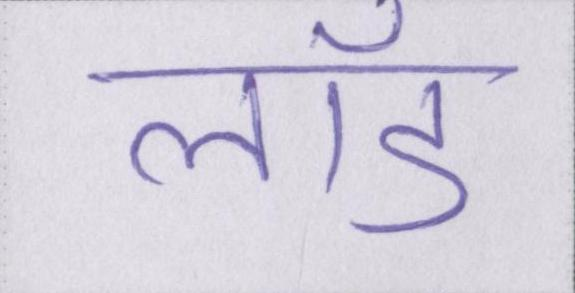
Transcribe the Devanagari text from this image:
लॉड